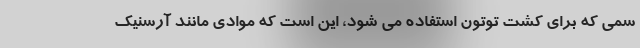
سمی که برای کشت توتون استفاده می‌ شود، این است که موادی مانند آرسنیک